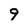
Character: 9